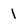
Character: 1